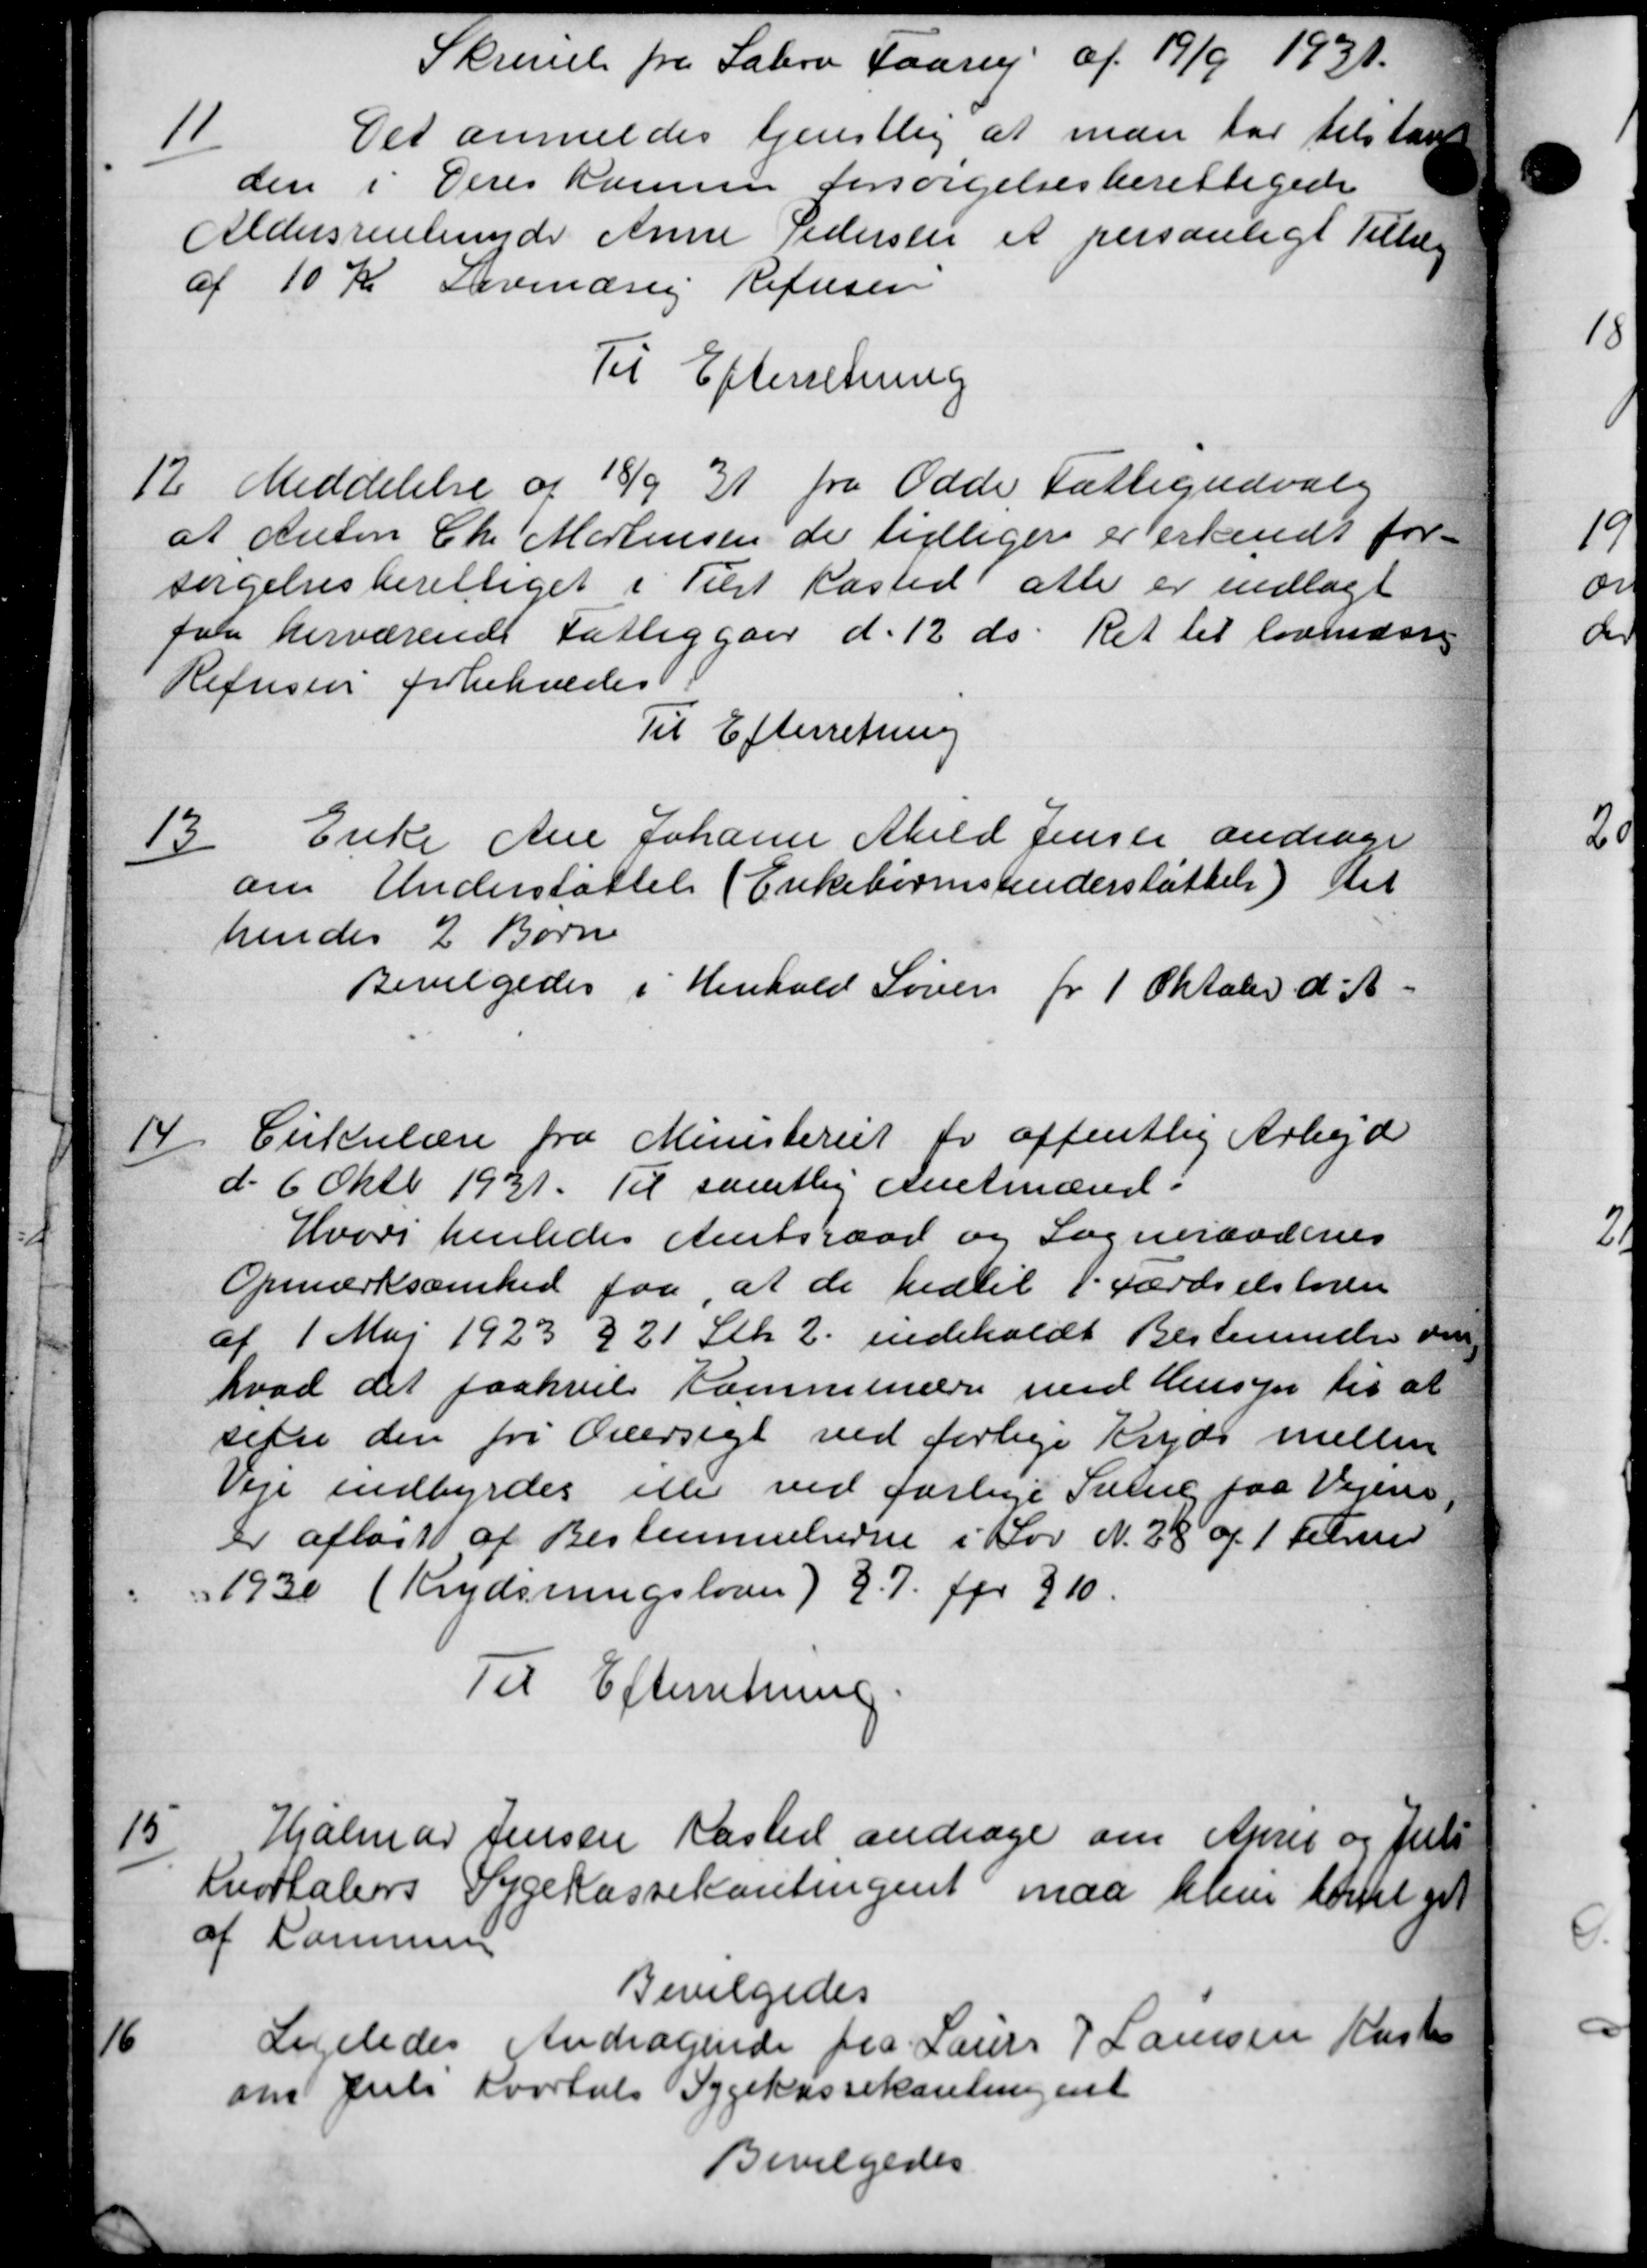
Transskription:
Skrivel fra Sabro Faarup af 19/9 1931.
11
Det anmeldes tjenstlig at man har tilstaaet
den i Deres Kommen forsørgelsesberettigede
Aldersrenteunder Anne Pedersen et personligt Tillæg
af 10 Kr Lavinæste Refusen
Til Efterretning
12.
Meddelelse af 18/9 31 fra Odde Fattigudvalg
at Anton Chr Mortensen de tidliger er erkendt for-
sørgelsesberettiget i Tilst Kasted atte er indlagt
faa herværende Fattiggaar d. 12 ds. Ret til lovender
Refusion forhenvedes
Til Efterretning
13
Enke Ane Johanne Abild Jensen andrage
om Understøttelse (Enkebørnsunderstøttelse) det
hendes 2 Børne
Bevilgedes i Henhold Soven fr 1 Oktober d. A.
14/
Cirkulære fra Ministeriet for offentlig Arbejd
d. 6 Oktb 1931. Til samtlig Amtmænd i
Hvori henledes Amtsraad og Sogneraadenes
Opmærksomhed faa at de hidtil 1. Færdselsloven
af 1 Maj 1923 § 21 Stk. 2. indeholdt Bestemmelse om
hvad det paahvile Kommunerne med Hensyn til at
sette den fri Oversigt ved forlige Kryds mellem
Veje indbyrdes eller ved forlige Sving paa Vejene,
er afløst af Bestemmelserne i Lov N. 28 af 1 Februar
1930 (Krydsningsloven) 27. for 310.
Til Efterretning.

Hjalmar Jensen Kasted andrage om Annes og Juli
Kvortales Sygekassekontingent maa blive bevilget
af Kommune
Bevilgedes

Ligeledes Andragende fra Laurs P Laursen Kasten
om Juli Kvartals Sygekassekontingent
Bevilgedes